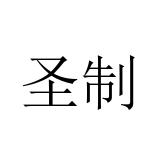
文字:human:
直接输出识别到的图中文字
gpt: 圣制